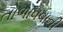
તોળાવવાની